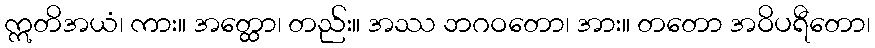
ဣတိအယံ၊ ကား။ အတ္ထော၊ တည်း။ အဿ ဘဂဝတော၊ အား။ တတော အဝိပရီတော၊